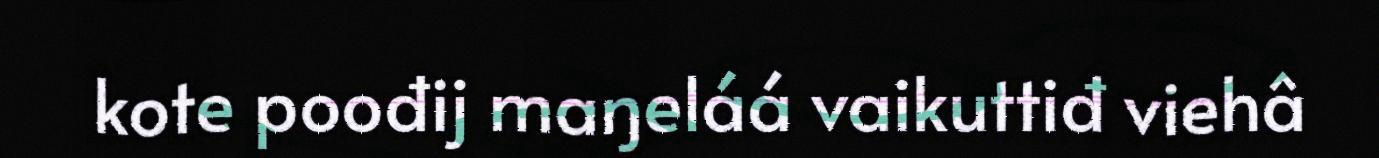
kote poođij maŋeláá vaikuttiđ viehâ